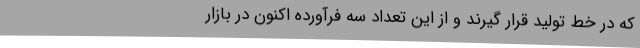
که در خط تولید قرار گیرند و از این تعداد سه فرآورده اکنون در بازار